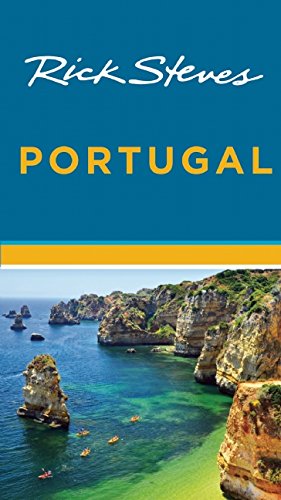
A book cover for Rick Steves Portugal; Rick Steves; Travel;